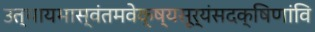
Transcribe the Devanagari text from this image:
उत्थायभास्वंतमवेक्ष्यसूर्यंसदक्षिणांवि